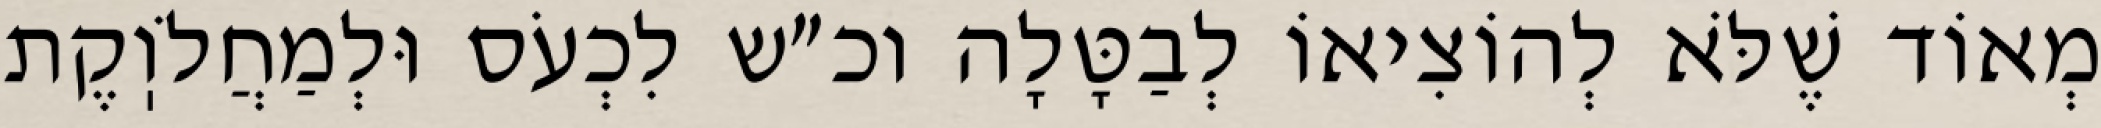
מְאוֹד שֶׁלֹּא לְהוֹצִיאוֹ לְבַטָּלָה וכ״ש לִכְעֹס וּלְמַחֲלֹוֽקֶת